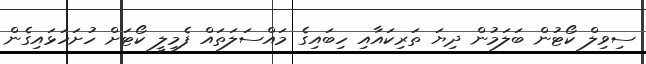
ސިވިލް ކޯޓުން ބަލަމުން ދިޔަ ތަރިކައާއި ހިބައިގެ މައްސަލަތައް ފެމިލީ ކޯޓަށް ހުށަހަޅައިގެން